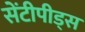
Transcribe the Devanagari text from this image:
सेंटीपीड्स